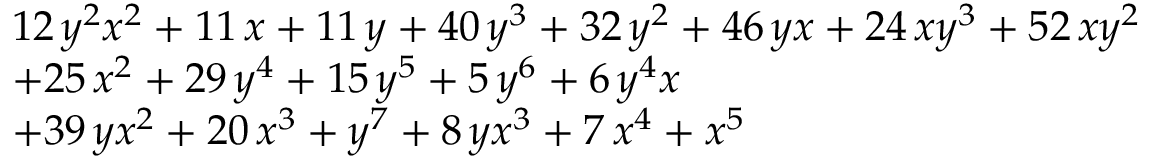
{ \begin{array} { r l } & { 1 2 \, { y } ^ { 2 } { x } ^ { 2 } + 1 1 \, x + 1 1 \, y + 4 0 \, { y } ^ { 3 } + 3 2 \, { y } ^ { 2 } + 4 6 \, y x + 2 4 \, x { y } ^ { 3 } + 5 2 \, x { y } ^ { 2 } } \\ & { + 2 5 \, { x } ^ { 2 } + 2 9 \, { y } ^ { 4 } + 1 5 \, { y } ^ { 5 } + 5 \, { y } ^ { 6 } + 6 \, { y } ^ { 4 } x } \\ & { + 3 9 \, y { x } ^ { 2 } + 2 0 \, { x } ^ { 3 } + { y } ^ { 7 } + 8 \, y { x } ^ { 3 } + 7 \, { x } ^ { 4 } + { x } ^ { 5 } } \end{array} }